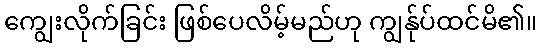
ကျွေးလိုက်ခြင်း ဖြစ်ပေလိမ့်မည်ဟု ကျွန်ုပ်ထင်မိ၏။